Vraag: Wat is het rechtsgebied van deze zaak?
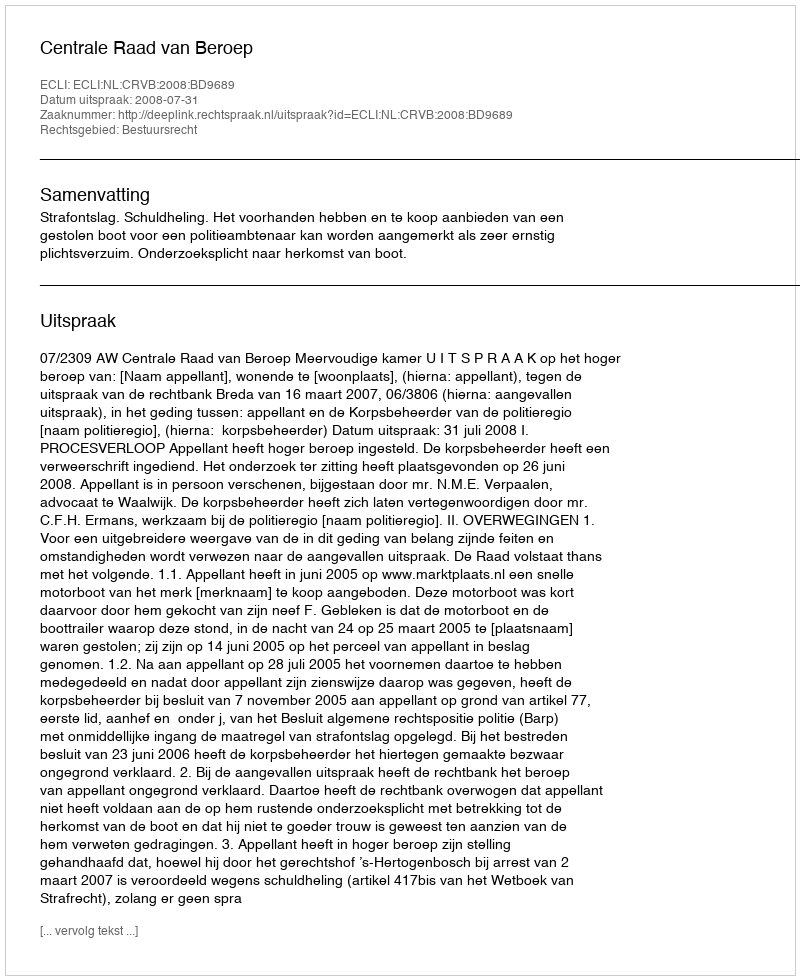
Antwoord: Bestuursrecht